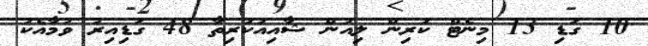
10 ގަޑި 13 މިނެޓް ކުރިން ލިއުން ޝާއިއުކުރިތާ 48 ގަޑިއިރު ވުމާއެކު